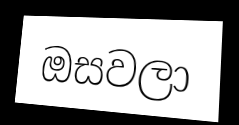
ඔසවලා